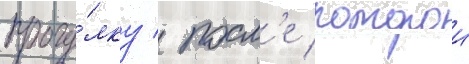
прогу́лку / посл'е которои